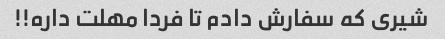
شیری که سفارش دادم تا فردا مهلت داره!!